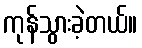
ကုန်သွားခဲ့တယ်။